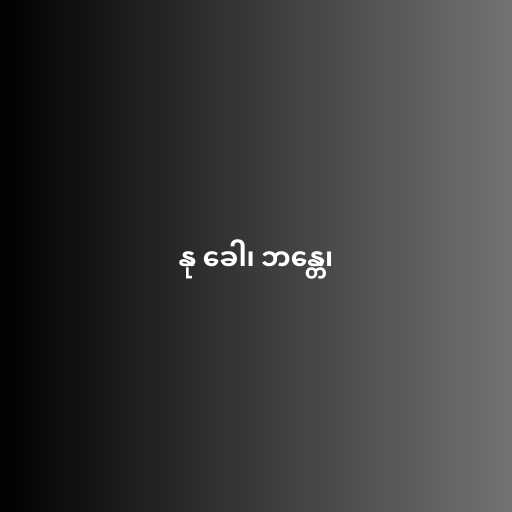
နု ခေါ၊ ဘန္တေ၊